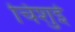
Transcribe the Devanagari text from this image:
चिशुई